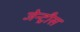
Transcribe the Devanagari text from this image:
जेन्ट्रीस